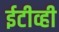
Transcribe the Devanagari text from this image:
ईटीव्ही